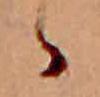
ゝ